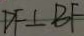
D F \bot B F